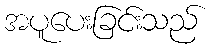
အပူပေးခြင်းသည်